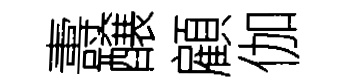
夀醸顧伽